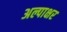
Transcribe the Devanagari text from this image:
अल्पाक्षर